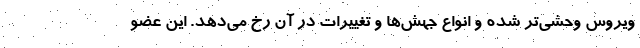
ویروس وحشی‌تر شده و انواع جهش‌ها و تغییرات در آن رخ می‌دهد. این عضو